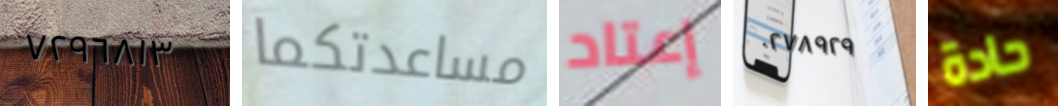
٧٢٩٦٨١٣ مساعدتكما إعتاد ٠٢٧٨٩٢٩ حادة